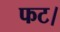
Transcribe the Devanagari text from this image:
फट।